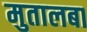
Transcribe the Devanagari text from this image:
मुतालबा